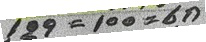
129 = 100 = 6ก